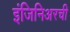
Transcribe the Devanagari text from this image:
इंजिनिअरची